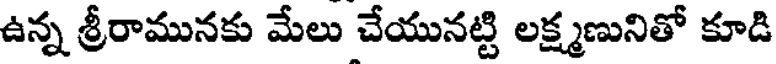
ఉన్న శ్రీరామునకు మేలు చేయునట్టి లక్ష్మణునితో కూడి